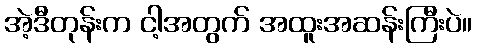
အဲ့ဒီတုန်းက ငါ့အတွက် အထူးအဆန်းကြီးပဲ။